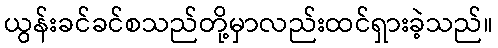
ယွန်းခင်ခင်စသည်တို့မှာလည်းထင်ရှားခဲ့သည်။